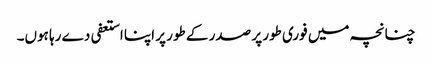
چنانچہ میں فوری طور پر صدر کے طور پر اپنا استعفی دے رہا ہوں۔